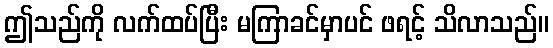
ဤသည်ကို လက်ထပ်ပြီး မကြာခင်မှာပင် ဖရင့် သိလာသည်။